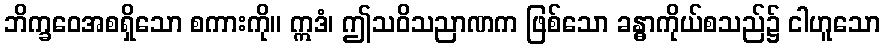
ဘိက္ခဝေအစရှိသော စကားကို။ ဣဒံ၊ ဤသဝိသညာဏက ဖြစ်သော ခန္ဓာကိုယ်စသည်၌ ငါဟူသော